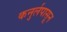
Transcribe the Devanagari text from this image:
कनुर्लपासून